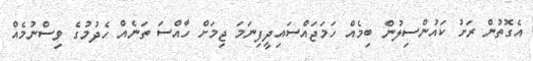
އެގޮތުން ރަށު ކައުންސިލުން ބިމެއް ހަމަޖައްސައިދީފިނަމަ ޖިމަށް ހާއްސަ ތަނެއް ހެދުމުގެ ވިސްނުމެއް